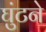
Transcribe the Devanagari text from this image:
घुंटने